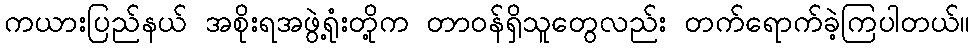
ကယားပြည်နယ် အစိုးရအဖွဲ့ရုံးတို့က တာဝန်ရှိသူတွေလည်း တက်ရောက်ခဲ့ကြပါတယ်။